Newspaper: The daily phoenix. [volume]
Place of publication: Columbia, S.C.
Publisher: Julian A. Selby
Date: 1875-03-03 00:00:00
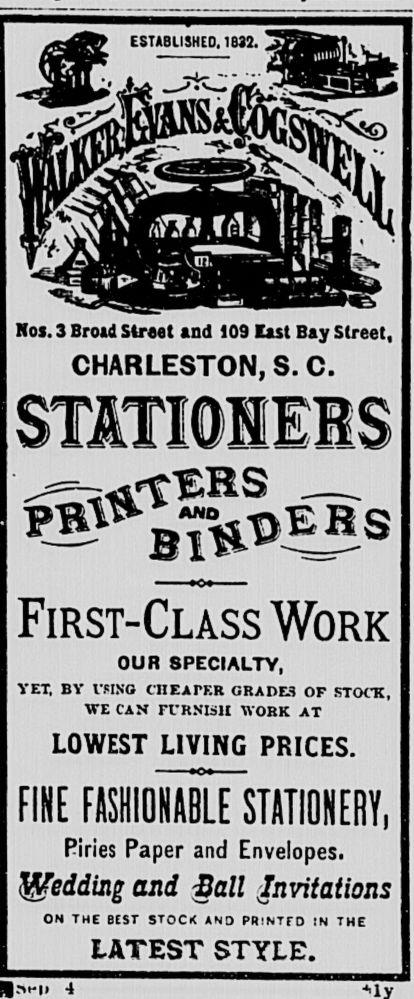
Advertisement text (OCR):
Nos. 3 Broad street and 109 East Bay Street, CHARLESTON, S. C. Work OUR SPECIALTY, VET, BY IMNO < II F A PKR GRAOE3 OF STOCK, WE CAN FURNISH WORK AT LOWEST LIVING PRICES. FINE FASHIOH?BLTsTimONERY, Piries Paper and Envelopes. and Ball invitations ON THE BEST STOCK AND PRlNTTO IN THE LATEST STYLE.
Label: illustrations